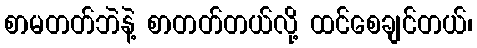
စာမတတ်ဘဲနဲ့ စာတတ်တယ်လို့ ထင်စေချင်တယ်၊